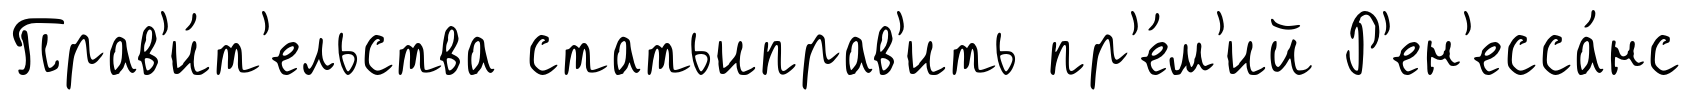
Прав'и́т'ельства статьиправ'ить пр'е́м'ий Р'ен'есса́нс